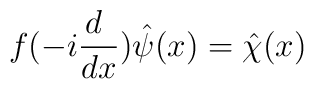
f(-i\frac{d~}{dx})\hat\psi(x)=\hat\chi(x)